Annual report of the Punjab Veterinary College and of the Civil Veterinary Department, Punjab - 1909-1919
Year: 1909
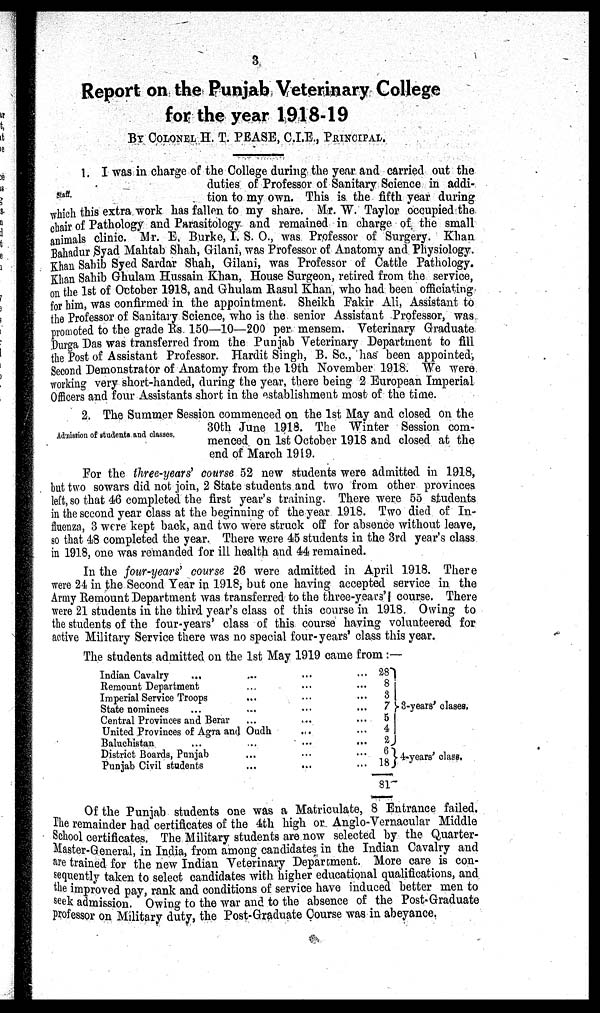
Report on the Punjab Veterinary College
for the year 1918-19
BY COLONEL H. T. PEASE, C.I.E., PRINCIPAL.
Staff.
1. I was in charge of the College during the year and carried out the
duties of Professor of Sanitary Science in addi-
tion to my own. This is the fifth year during
which this extra work has fallen to my share. Mr. W. Taylor occupied the
chair of Pathology and Parasitology and remained in charge of the small
animals clinic. Mr. E. Burke, I. S. O., was Professor of Surgery. Khan
Bahadur Syad Mahtab Shah, Gilani, was Professor of Anatomy and Physiology.
Khan Sahib Syed Sardar Shah, Gilani, was Professor of Cattle Pathology.
Khan Sahib Ghulam Hussain Khan, House Surgeon, retired from the service,
on the 1st of October 1918, and Ghulam Rasul Khan, who had been officiating
for him, was confirmed in the appointment. Sheikh Fakir Ali, Assistant to
the Professor of Sanitary Science, who is the senior Assistant Professor, was
promoted to the grade Rs. 150—10—200 per mensem. Veterinary Graduate
Durga Das was transferred from the Punjab Veterinary Department to fill
the Post of Assistant Professor. Hardit Singh, B. Sc., has been appointed,
Second Demonstrator of Anatomy from the 19th November 1918. We were
working very short-handed, during the year, there being 2 European Imperial
Officers and four Assistants short in the establishment most of the time.
Admission of students and classes.
2. The Summer Session commenced on the 1st May and closed on the
30th June 1918. The Winter Session com-
menced on 1st October 1918 and closed at the
end of March 1919.
For the three-years' course 52 new students were admitted in 1918,
but two sowars did not join, 2 State students and two from other provinces
left, so that 46 completed the first year's training. There were 55 students
in the second year class at the beginning of the year 1918. Two died of In-
fluenza, 3 were kept back, and two were struck off for absence without leave,
so that 48 completed the year. There were 45 students in the 3rd year's class
in 1918, one was remanded for ill health and 44 remained.
In the four-years' course 26 were admitted in April 1918. There
were 24 in the Second Year in 1918, but one having accepted service in the
Army Remount Department was transferred to the three-years'! course. There
were 21 students in the third year's class of this course in 1918. Owing to
the students of the four-years' class of this course having volunteered for
active Military Service there was no special four-years' class this year.
The students admitted on the 1st May 1919 came from :—
Indian Cavalry
...
Remount Department
Imperial Service Troops
State nominees ...
Central Provinces and Berar
...
...
...
...
...
United Provinces of Agra and Oudh
Baluchistan ...
District Boards, Punjab
Punjab Civil students
...
...
...
...
...
...
...
...
...
...
...
...
...
...
...
...
...
...
...
...
...
28
8
3
7
5
4
2
6
18
81
3-years' clases,
4-years' class.
Of the Punjab students one was a Matriculate, 8 Entrance failed.
The remainder had certificates of the 4th high or Anglo-Vernacular Middle
School certificates. The Military students are now selected by the Quarter-
Master-General, in India, from among candidates in the Indian Cavalry and
are trained for the new Indian Veterinary Department. More care is con-
sequently taken to select candidates with higher educational qualifications, and
the improved pay, rank and conditions of service have induced better men to
seek admission. Owing to the war and to the absence of the Post-Graduate
professor on Military duty, the Post-Graduate Course was in abeyance.